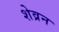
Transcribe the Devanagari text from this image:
शेव्रन